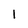
Character: 1